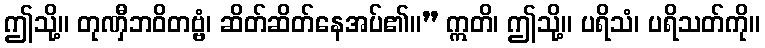
ဤသို့။ တုဏှီဘဝိတဗ္ဗံ၊ ဆိတ်ဆိတ်နေအပ်၏။” ဣတိ၊ ဤသို့။ ပရိသံ၊ ပရိသတ်ကို။